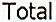
TOTAL